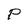
Character: P